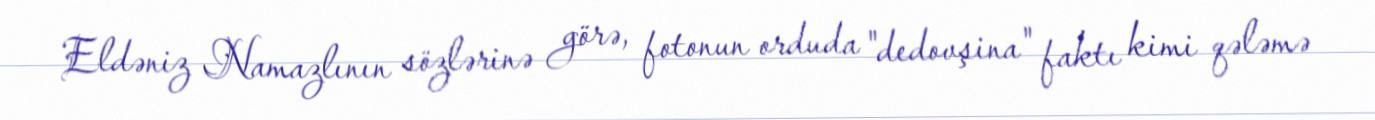
Eldəniz Namazlının sözlərinə görə, fotonun orduda "dedovşina" faktı kimi qələmə